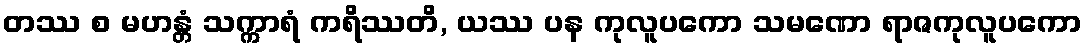
တဿ စ မဟန္တံ သက္ကာရံ ကရိဿတိ, ယဿ ပန ကုလူပကော သမဏော ရာဇကုလူပကော